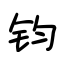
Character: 钧